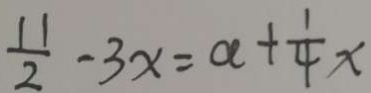
\frac { 1 1 } { 2 } - 3 x = a + \frac { 1 } { 4 } x